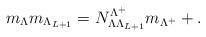
LaTeX: \begin{align*}m_\Lambda m_{\Lambda_{L+1}} = N_{\Lambda\Lambda_{L+1}}^{\Lambda^+}m_{\Lambda^+} + .\end{align*}